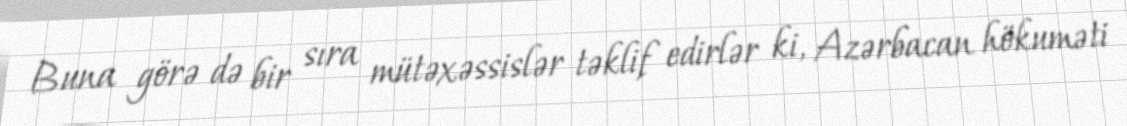
Buna görə də bir sıra mütəxəssislər təklif edirlər ki, Azərbacan hökuməti